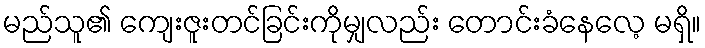
မည်သူ၏ ကျေးဇူးတင်ခြင်းကိုမျှလည်း တောင်းခံနေလေ့ မရှိ။